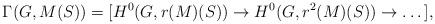
LaTeX: \begin{align*}\Gamma(G, M(S)) = [H^0(G, r(M)(S)) \to H^0(G, r^2(M)(S)) \to \dots],\end{align*}